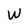
Character: W